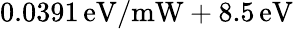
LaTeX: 0.0391\, \mathrm{eV}/\mathrm{mW}+8.5\, \mathrm{eV}